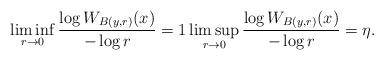
LaTeX: \begin{align*}\liminf_{r\to 0} {\log W_{B(y,r)} (x) \over -\log r}=1 \limsup_{r\to 0} {\log W_{B(y,r)} (x) \over -\log r}=\eta.\end{align*}